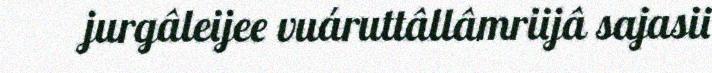
jurgâleijee vuáruttâllâmriijâ sajasii